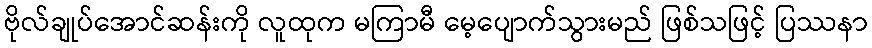
ဗိုလ်ချုပ်အောင်ဆန်းကို လူထုက မကြာမီ မေ့ပျောက်သွားမည် ဖြစ်သဖြင့် ပြဿနာ